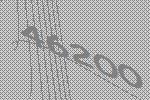
46200